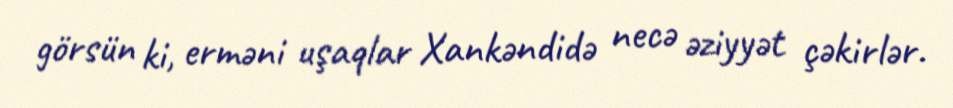
görsün ki, erməni uşaqlar Xankəndidə necə əziyyət çəkirlər.